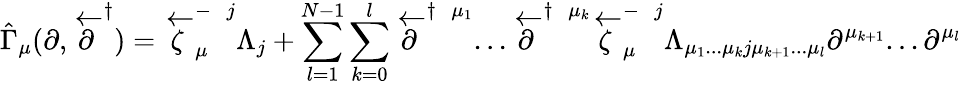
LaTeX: \hat{\Gamma}_{\mu}(\partial,\stackrel{\leftarrow}{\partial}^{\dagger})=\stackrel{\leftarrow}{\zeta}_{\mu}^{-\; \; j}\Lambda_{j}+\sum_{l=1}^{N-1}\sum_{k=0}^{l}\stackrel{\leftarrow}{\partial}^{\dagger\; \; \mu_{1}}...\stackrel{\leftarrow}{\partial}^{\dagger\; \; \mu_{k}}\stackrel{\leftarrow}{\zeta}_{\mu}^{-\; \; j}\Lambda_{\mu_{1}...\mu_{k}j\mu_{k+1}...\mu_{l}}\partial^{\mu_{k+1}}...\partial^{\mu_{l}}